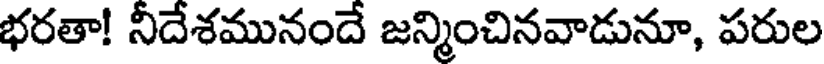
భరతా! నీదేశమునందే జన్మించినవాడునూ, పరుల